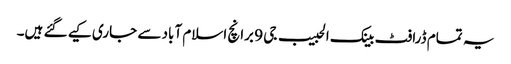
یہ تمام ڈرافٹ بینک الحبیب جی 9 برانچ اسلام آباد سے جاری کیے گئے ہیں۔